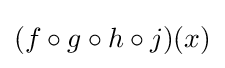
(f\circ g\circ h\circ j)(x)